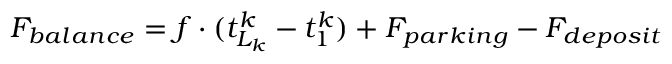
F _ { b a l a n c e } = f \cdot ( t _ { L _ { k } } ^ { k } - t _ { 1 } ^ { k } ) + F _ { p a r k i n g } - F _ { d e p o s i t }